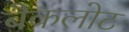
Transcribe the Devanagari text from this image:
बैकलोट